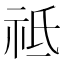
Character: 祗